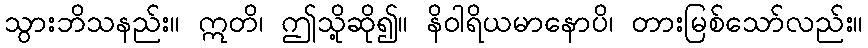
သွားဘိသနည်း။ ဣတိ၊ ဤသို့ဆို၍။ နိဝါရိယမာနောပိ၊ တားမြစ်သော်လည်း။